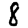
Digit: 8